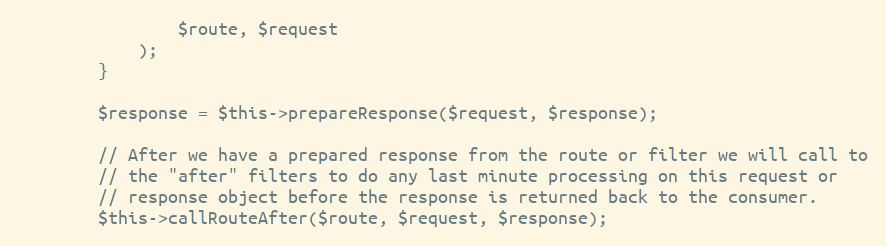
Language: PHP
				$route, $request
			);
		}

		$response = $this->prepareResponse($request, $response);

		// After we have a prepared response from the route or filter we will call to
		// the "after" filters to do any last minute processing on this request or
		// response object before the response is returned back to the consumer.
		$this->callRouteAfter($route, $request, $response);